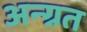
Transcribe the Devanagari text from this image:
अन्ग्रत